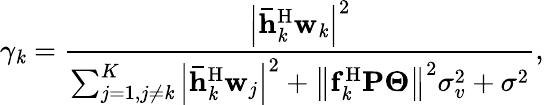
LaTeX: {\gamma_{\mathit{k}}}=\frac{{{{{\left|{{{\mathbf{{\bar{{h}}}}}_{\mathit{k}}^{\mathrm{{H}}}}{{\mathbf{{w}}}_{\mathit{k}}}}\right|}^{2}}}}}{{{\sum_{j=1,j\ne\mathit{k}}^{K}{{{\left|{{{\mathbf{{\bar{{h}}}}}_{\mathit{k}}^{\mathrm{{H}}}}{{\mathbf{{w}}}_{j}}}\right|}^{2}}}+{{\left\| {{{\mathbf{{f}}}_{\mathit{k}}^{\mathrm{{H}}}}{{\mathbf{{P}}}}{{\mathbf{{\Theta}}}}}\right\| }^{2}}\sigma_{v}^{2}+{\sigma^{2}}}}},